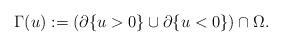
LaTeX: \begin{align*}\Gamma(u) := (\partial \{u>0\}\cup \partial \{u<0\}) \cap \Omega.\end{align*}